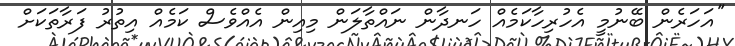
''އަހަރެން ބޭނުމީ އެހުރިހާކަމެއް ހަނދާން ނައްތާލަން މިއިން އެއްވެސް ކަމެއް އިތުރު ފަރާތަކަށް